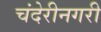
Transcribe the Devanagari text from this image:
चंदेरीनगरी